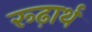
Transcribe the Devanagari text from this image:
रूढ़ार्थ